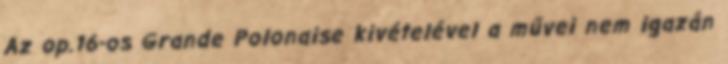
Az op.16-os Grande Polonaise kivételével a művei nem igazán